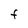
Character: F